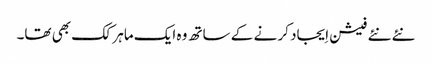
نئے نئے فیشن اِیجاد کر نے کے ساتھ وہ ایک ماہر کک بھی تھا۔